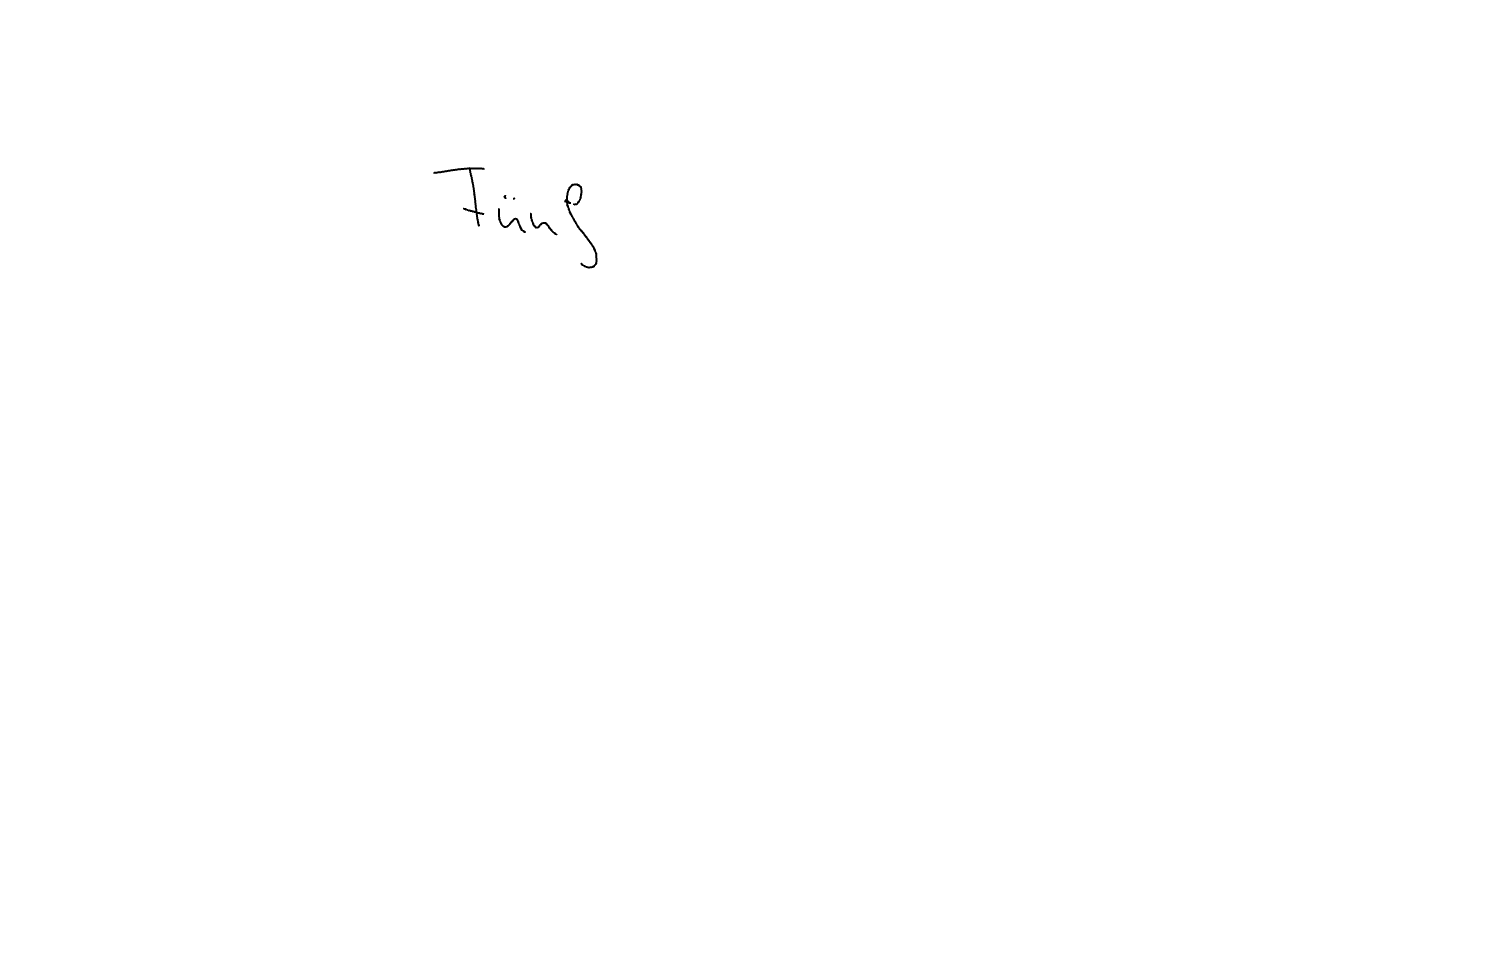
Text: Fünf